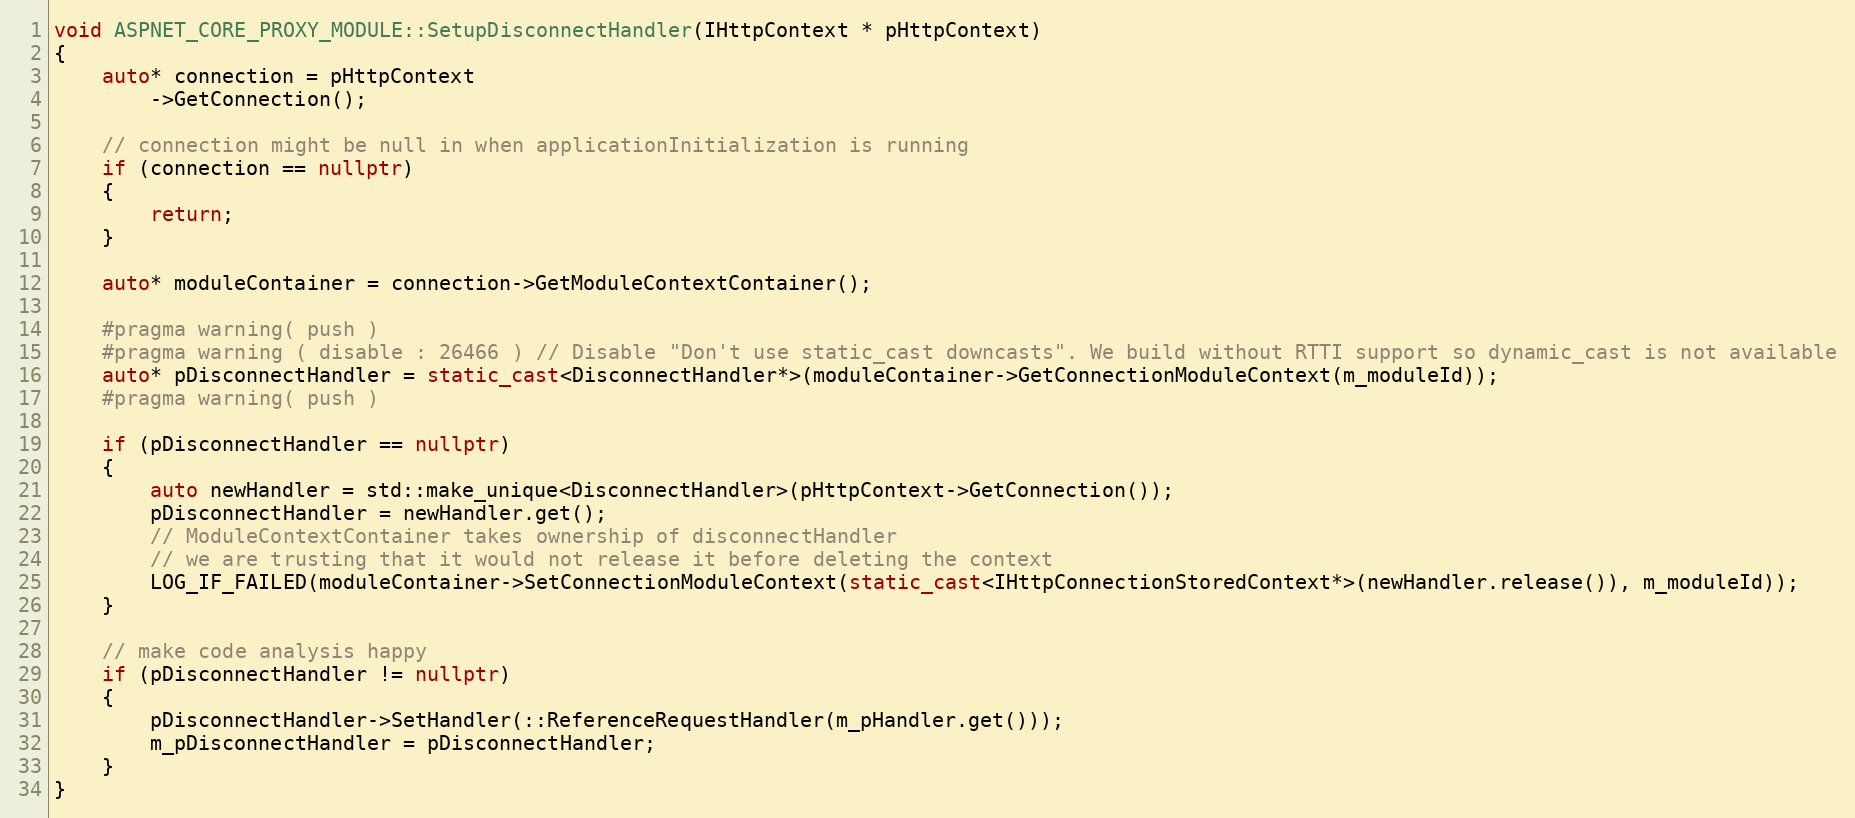
Language: C++
void ASPNET_CORE_PROXY_MODULE::SetupDisconnectHandler(IHttpContext * pHttpContext)
{
    auto* connection = pHttpContext
        ->GetConnection();

    // connection might be null in when applicationInitialization is running
    if (connection == nullptr)
    {
        return;
    }

    auto* moduleContainer = connection->GetModuleContextContainer();

    #pragma warning( push )
    #pragma warning ( disable : 26466 ) // Disable "Don't use static_cast downcasts". We build without RTTI support so dynamic_cast is not available
    auto* pDisconnectHandler = static_cast<DisconnectHandler*>(moduleContainer->GetConnectionModuleContext(m_moduleId));
    #pragma warning( push )

    if (pDisconnectHandler == nullptr)
    {
        auto newHandler = std::make_unique<DisconnectHandler>(pHttpContext->GetConnection());
        pDisconnectHandler = newHandler.get();
        // ModuleContextContainer takes ownership of disconnectHandler
        // we are trusting that it would not release it before deleting the context
        LOG_IF_FAILED(moduleContainer->SetConnectionModuleContext(static_cast<IHttpConnectionStoredContext*>(newHandler.release()), m_moduleId));
    }

    // make code analysis happy
    if (pDisconnectHandler != nullptr)
    {
        pDisconnectHandler->SetHandler(::ReferenceRequestHandler(m_pHandler.get()));
        m_pDisconnectHandler = pDisconnectHandler;
    }
}